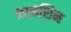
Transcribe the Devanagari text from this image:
जानसिन